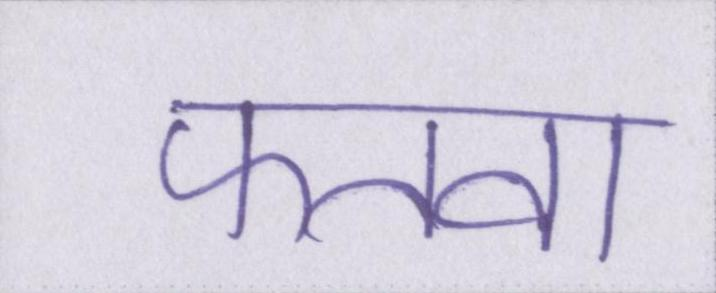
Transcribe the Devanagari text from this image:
फतवा